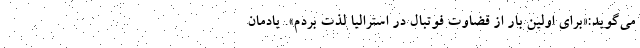
می‌گوید:«برای اولین بار از قضاوت فوتبال در استرالیا لذت بردم». یادمان